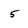
Character: 5